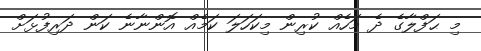
މި ޙަފްލާގެ ދެ މަހެއް ކުރިން މިކަހަލަ ކަމެއް އޮންނާނެ ކަން ދަރިފުޅަށް